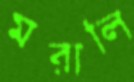
মরালি